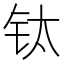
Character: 钛